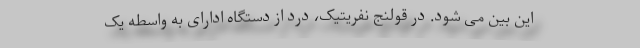
این بین می شود. در قولنج نفریتیک، درد از دستگاه ادارای به واسطه یک